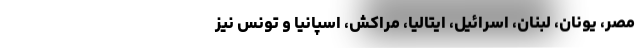
مصر، یونان، لبنان‌، اسرائیل‌، ایتالیا‌، مراکش‌، اسپانیا و تونس نیز